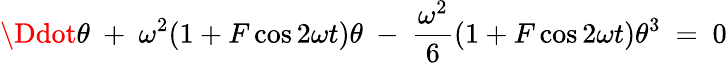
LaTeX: \Ddot{\theta}\ +\ \omega^{2}(1+F\cos 2\omega t)\theta\ -\ \frac{\omega^{2}}{6}(1+F\cos 2\omega t)\theta^{3}\ =\ 0